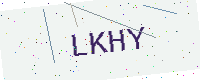
Text: LKHY